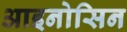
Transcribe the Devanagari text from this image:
आइनोसिन